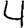
Digit: 4